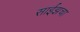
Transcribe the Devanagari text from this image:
साईझचा